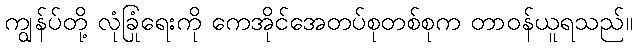
ကျွန်ပ်တို့ လုံခြုံရေးကို ကေအိုင်အေတပ်စုတစ်စုက တာဝန်ယူရသည်။